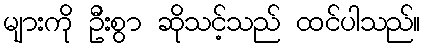
များကို ဦးစွာ ဆိုသင့်သည် ထင်ပါသည်။